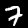
Label: 7